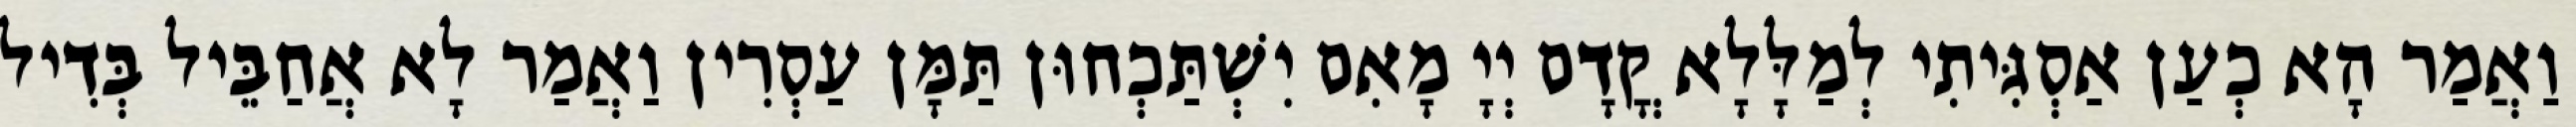
וַאֲמַר הָא כְעַן אַסְגִּיתִי לְמַלָּלָא קֳדָם יְיָ מָאִם יִשְׁתַּכְחוּן תַּמָּן עַסְרִין וַאֲמַר לָא אֲחַבֵּיל בְּדִיל